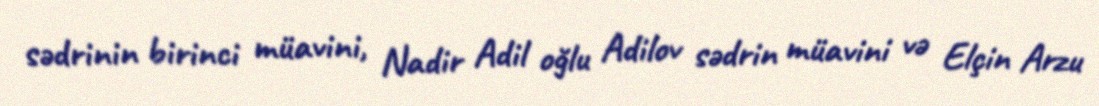
sədrinin birinci müavini, Nadir Adil oğlu Adilov sədrin müavini və Elçin Arzu